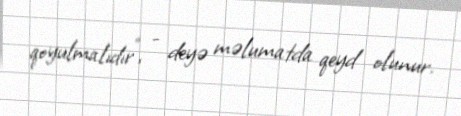
qoyulmalıdır”, - deyə məlumatda qeyd olunur.